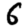
Digit: 6